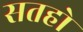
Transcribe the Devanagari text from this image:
सतहो